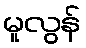
မူလွန်